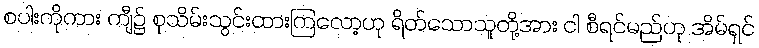
စပါးကိုကား ကျီ၌ စုသိမ်းသွင်းထားကြလော့ဟု ရိတ်သောသူတို့အား ငါ စီရင်မည်ဟု အိမ်ရှင်